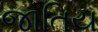
જાતિય